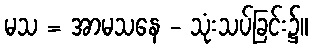
မသ = အာမသနေ - သုံးသပ်ခြင်း၌။